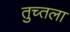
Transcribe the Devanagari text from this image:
तुच्तला